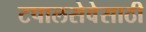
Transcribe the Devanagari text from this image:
टपालसेवेसाठी